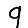
Digit: 9